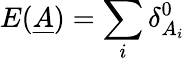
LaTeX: E(\underline{{A}})=\sum_{i}\delta_{A_{i}}^{0}